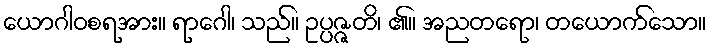
ယောဂါဝစရအား။ ရာဂေါ၊ သည်။ ဥပ္ပဇ္ဇတိ၊ ၏။ အညတရော၊ တယောက်သော။